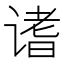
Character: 𬤓